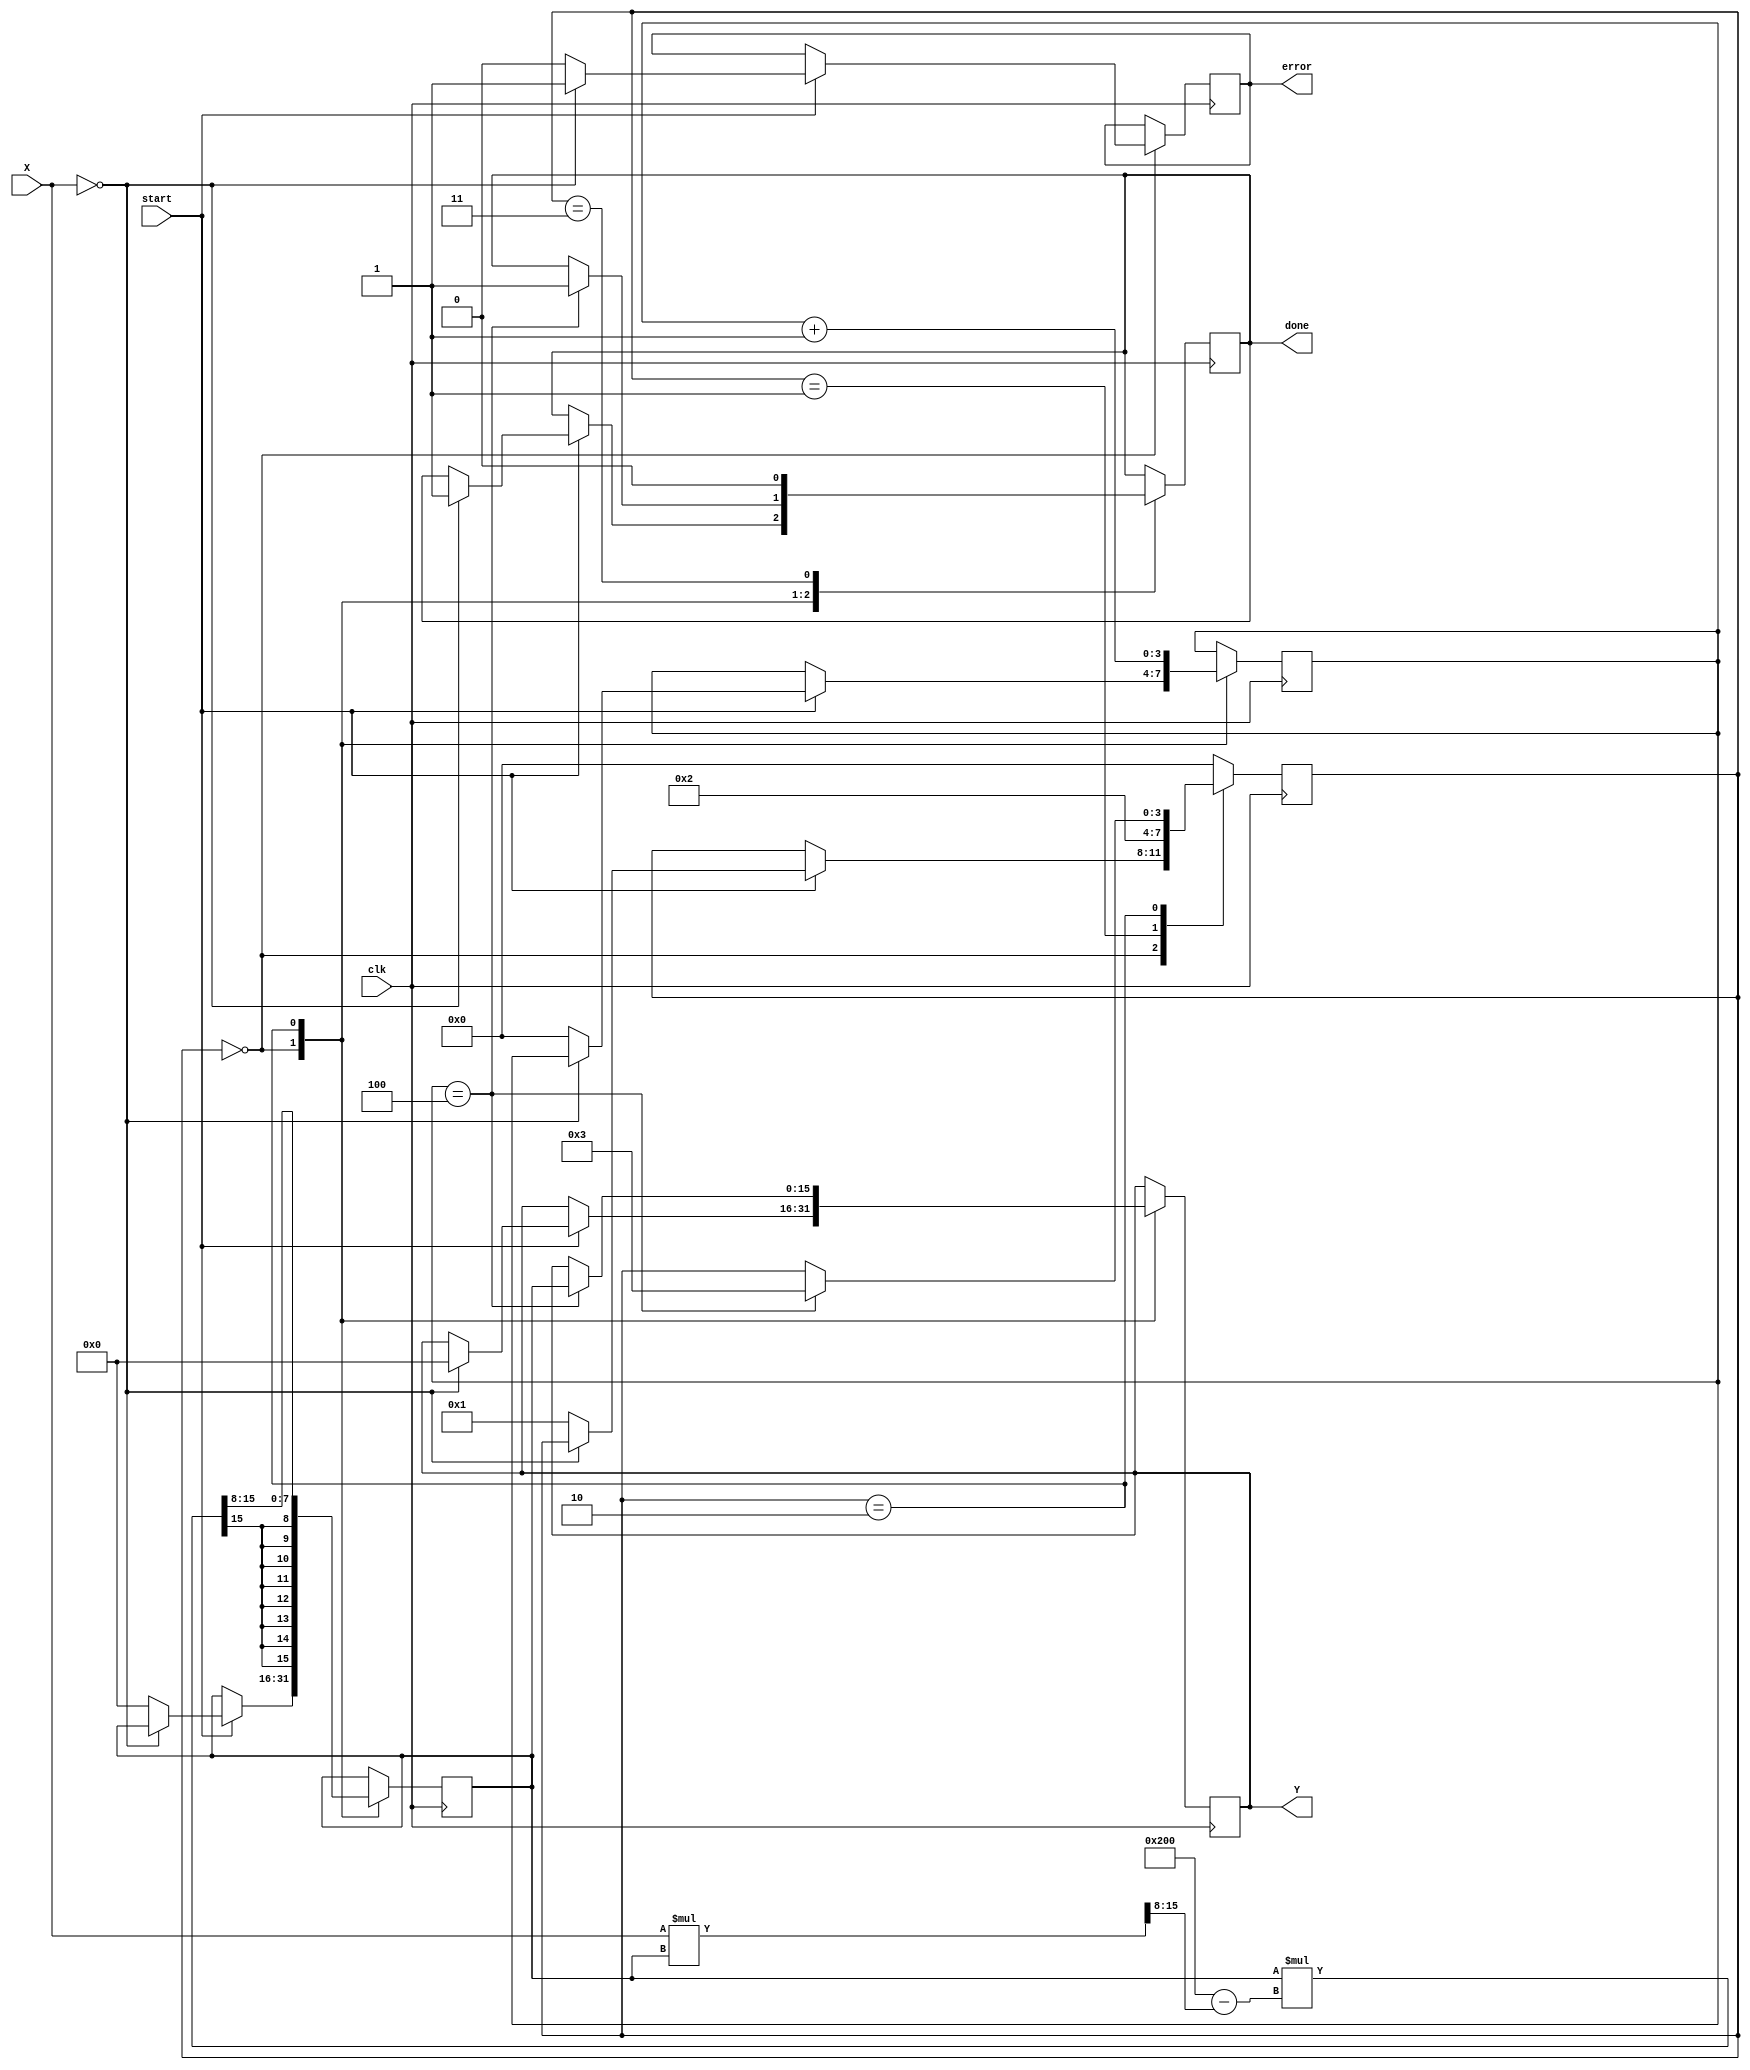
module FixedPointReciprocal #(
    parameter N = 16,   // Total bits for fixed-point number
    parameter m = 8,    // Number of integer bits
    parameter n = N - m // Number of fractional bits
)(
    input  wire signed [N-1:0] X, // Fixed-point input
    input  wire clk,                // Clock signal
    input  wire start,              // Start signal for computation
    output reg signed [N-1:0] Y,    // Fixed-point output
    output reg done,                // Signal to indicate computation is done
    output reg error                // Signal to indicate error (e.g., division by zero)
);

    reg signed [N-1:0] x_reg;       // Register to hold the input value
    reg signed [N-1:0] guess;        // Current guess for the reciprocal
    reg [3:0] state;                // State for FSM
    reg [3:0] count;                // Iteration count

    localparam IDLE     = 4'b0000;
    localparam START    = 4'b0001;
    localparam ITERATE  = 4'b0010;
    localparam FINISH   = 4'b0011;

    // Fixed-point multiply
    function signed [N-1:0] fp_mult;
        input signed [N-1:0] a, b;
        begin
            fp_mult = a * b >>> n; // Shift right by n to scale back
        end
    endfunction

    always @(posedge clk) begin
        case (state)
            IDLE: begin
                if (start) begin
                    x_reg <= X;
                    if (X == 0) begin
                        Y <= 0;      // Handle division by zero
                        error <= 1;  // Set error flag
                        done <= 1;   // Indicate done
                    end else begin
                        error <= 0;  // Clear error flag
                        guess <= (1 << (m+n)); // Initial guess: 1 in Qm.n format
                        count <= 0;   // Reset counter
                        state <= START;
                    end
                end
            end

            START: begin
                state <= ITERATE; // Move to iteration state
            end
            
            ITERATE: begin
                // Newton-Raphson iteration: guess = guess * (2 - X * guess)
                guess <= fp_mult(guess, (2 << n) - fp_mult(X, guess)); // Qm.n format
                count <= count + 1;

                if (count == 4) begin // Number of iterations (Adjust as needed)
                    Y <= guess;
                    done <= 1; // Indicate completion
                    state <= FINISH;
                end
            end

            FINISH: begin
                state <= IDLE;
                done <= 0; // Reset done signal
            end

            default: state <= IDLE; // Safety
        endcase
    end

endmodule